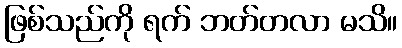
ဖြစ်သည်ကို ရက် ဘတ်တလာ မသိ။